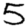
Digit: 5